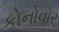
કોનોવોર